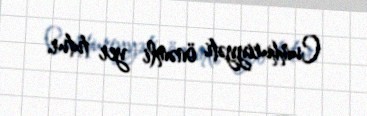
Cumhuriyyəti önəmli yer tutur.